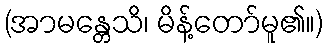
(အာမန္တေသိ၊ မိန့်တော်မူ၏။)